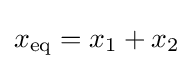
x_{\mathrm {eq} }=x_{1}+x_{2}